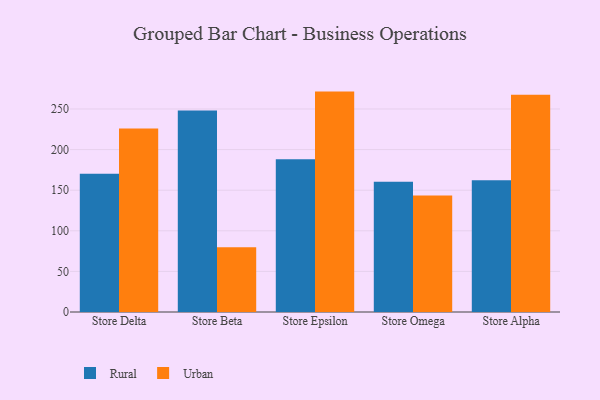
{"axis": {"x": "Store", "y": "Backlog"}, "legend": ["Rural", "Urban"], "data": [{"x": "Store Delta", "y": 170.1, "type": "Rural"}, {"x": "Store Delta", "y": 226.0, "type": "Urban"}, {"x": "Store Beta", "y": 248.0, "type": "Rural"}, {"x": "Store Beta", "y": 79.6, "type": "Urban"}, {"x": "Store Epsilon", "y": 188.1, "type": "Rural"}, {"x": "Store Epsilon", "y": 271.4, "type": "Urban"}, {"x": "Store Omega", "y": 160.3, "type": "Rural"}, {"x": "Store Omega", "y": 143.4, "type": "Urban"}, {"x": "Store Alpha", "y": 162.1, "type": "Rural"}, {"x": "Store Alpha", "y": 267.6, "type": "Urban"}]}